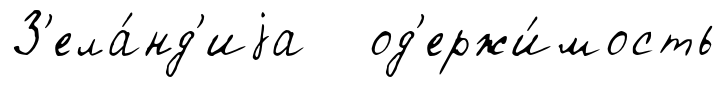
З'ела́нд'иjа од'ержи́мость